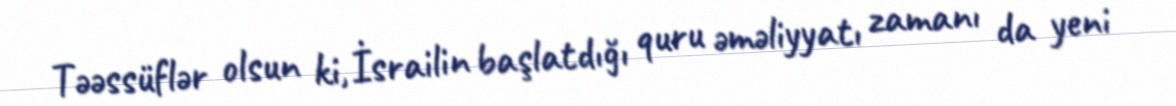
Təəssüflər olsun ki, İsrailin başlatdığı quru əməliyyatı zamanı da yeni